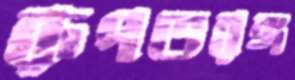
রূপতরঙ্গ